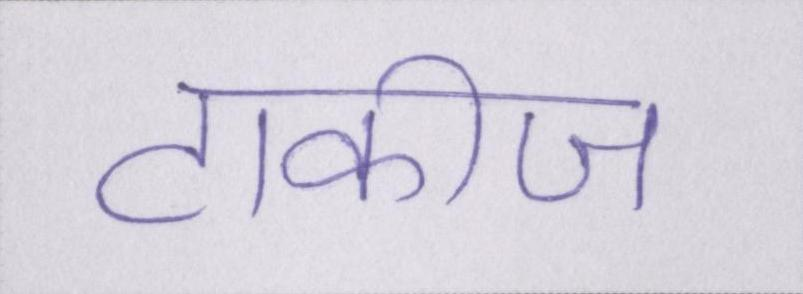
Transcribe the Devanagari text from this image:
टाकीज